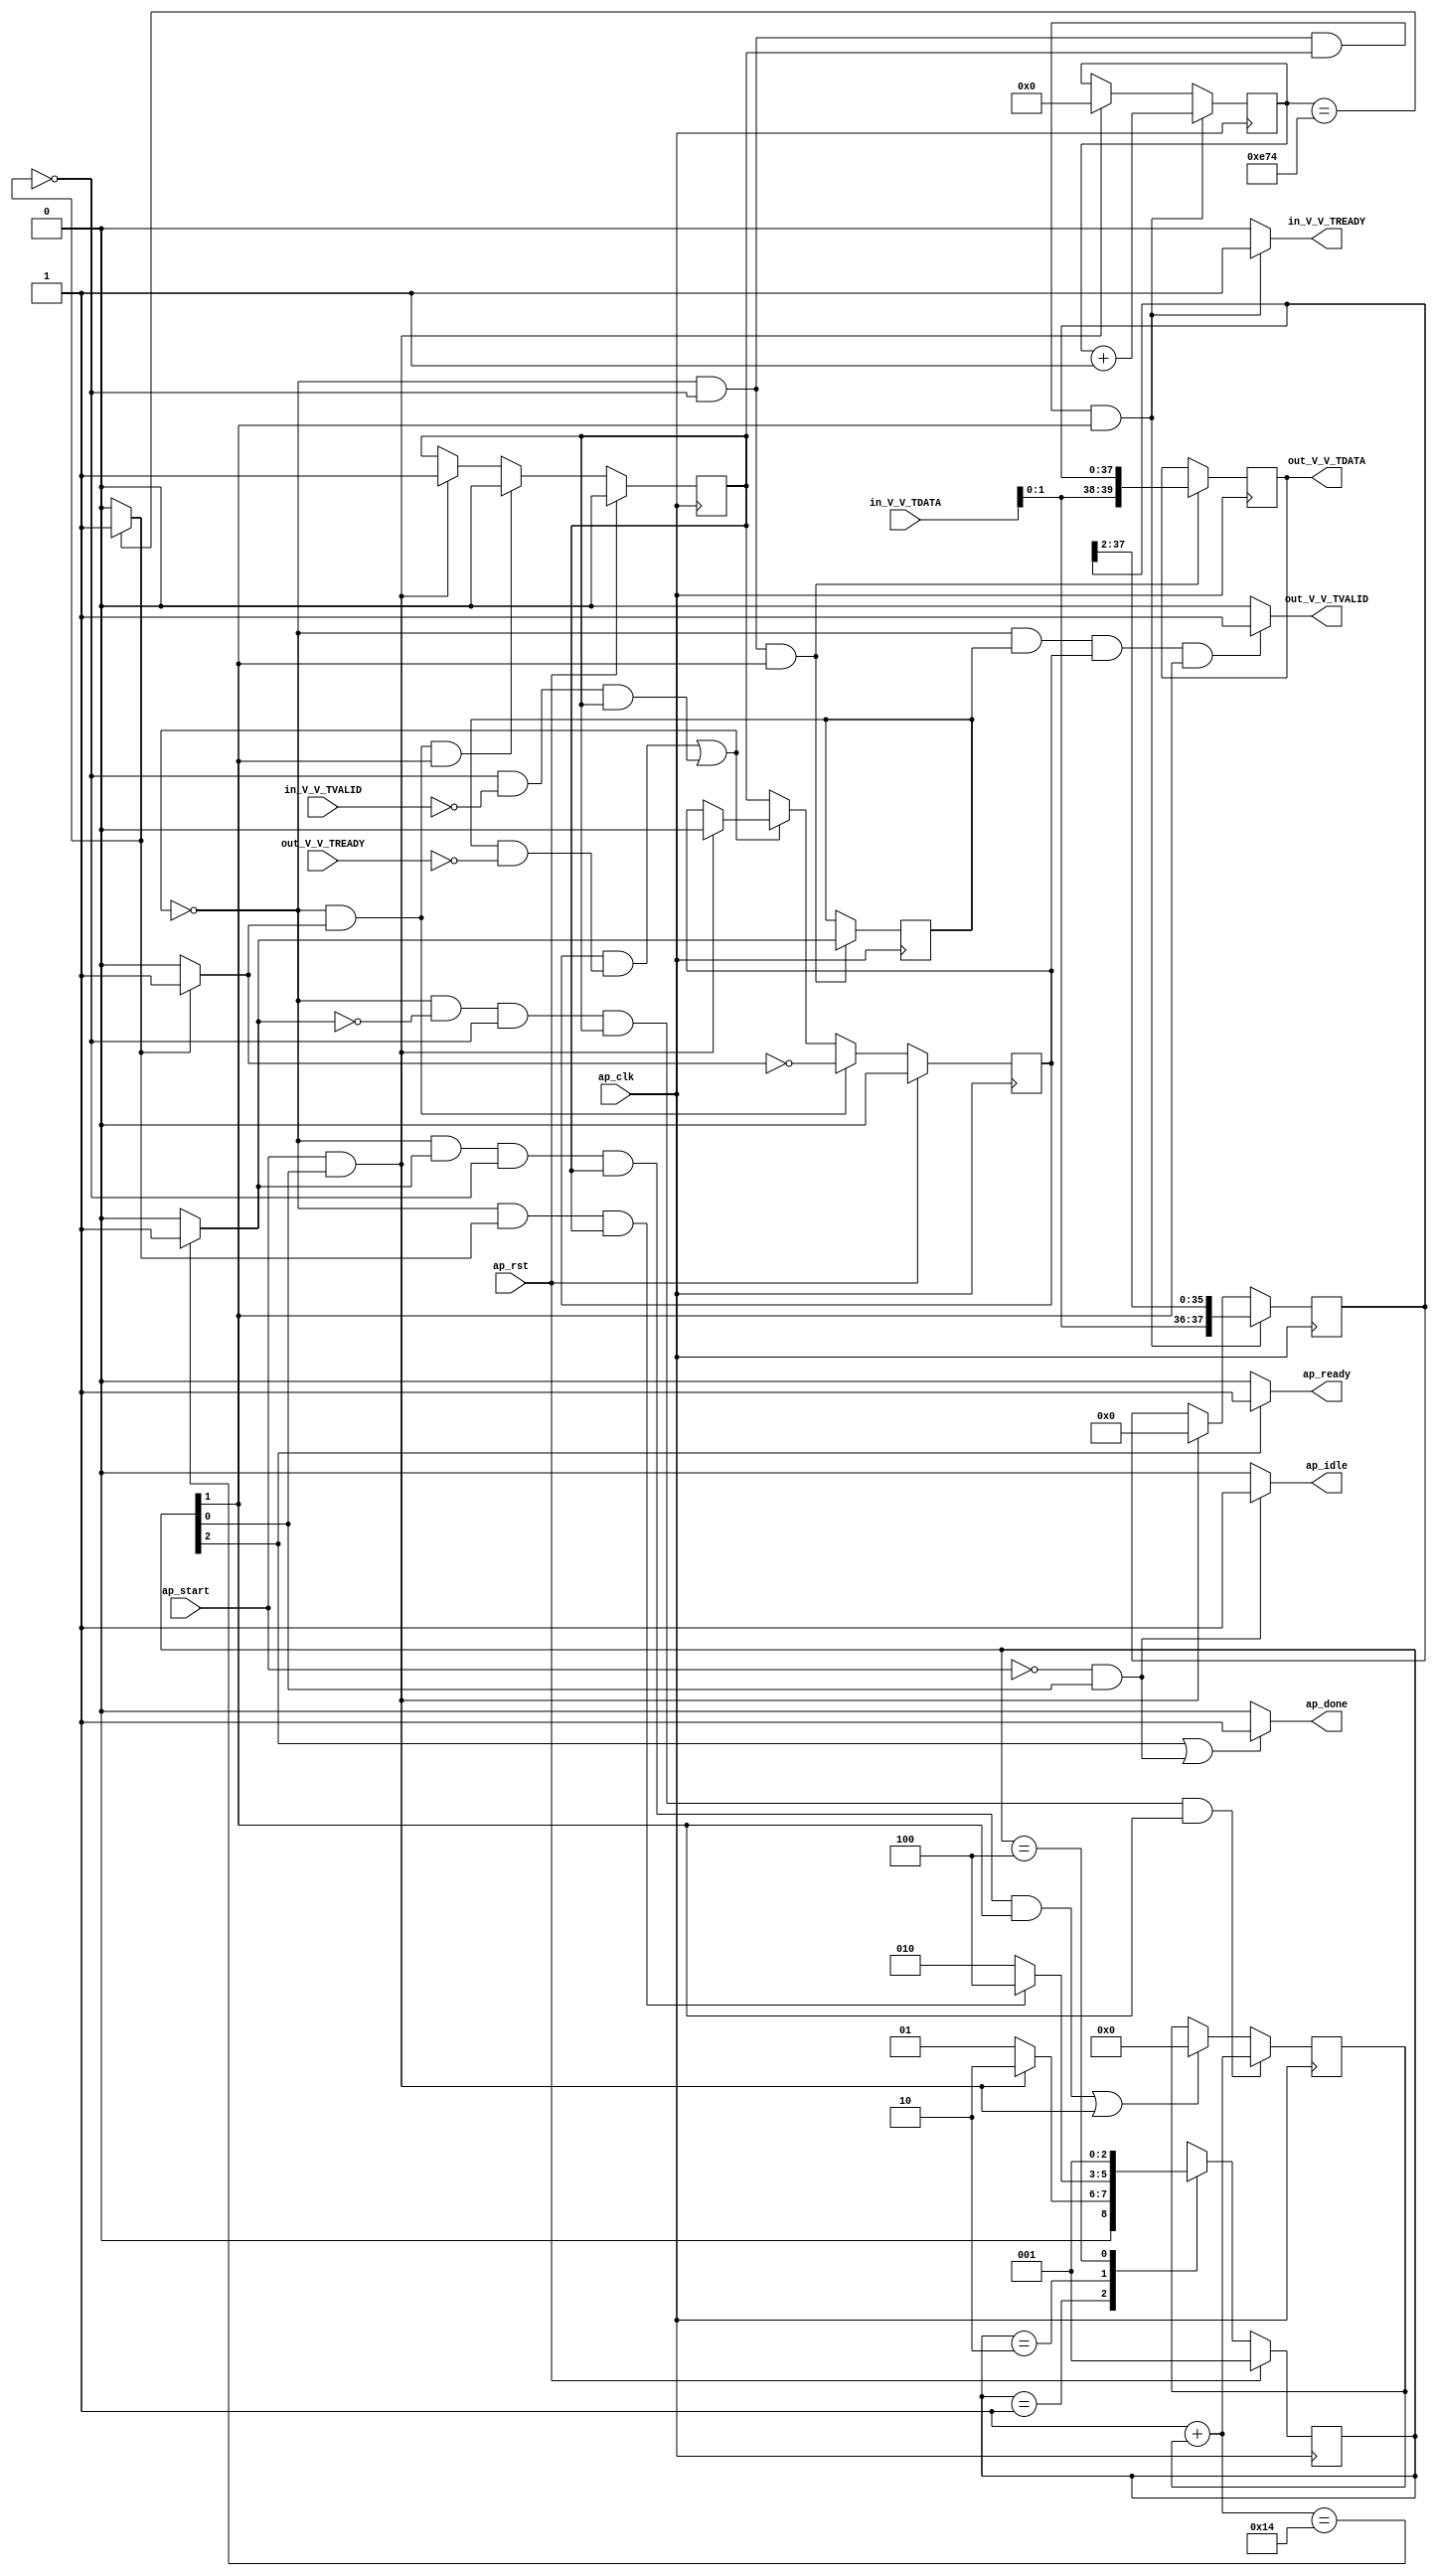
// ==============================================================
// RTL generated by Vivado(TM) HLS - High-Level Synthesis from C, C++ and OpenCL
// Version: 2020.1
// Copyright (C) 1986-2020 Xilinx, Inc. All Rights Reserved.
// 
// ===========================================================

`timescale 1 ns / 1 ps 

module StreamingDataWidthConverter_Batch_1_StreamingDataWidthCo_1 (
        ap_clk,
        ap_rst,
        ap_start,
        ap_done,
        ap_idle,
        ap_ready,
        in_V_V_TDATA,
        in_V_V_TVALID,
        in_V_V_TREADY,
        out_V_V_TDATA,
        out_V_V_TVALID,
        out_V_V_TREADY
);

parameter    ap_ST_fsm_state1 = 3'd1;
parameter    ap_ST_fsm_pp0_stage0 = 3'd2;
parameter    ap_ST_fsm_state4 = 3'd4;

input   ap_clk;
input   ap_rst;
input   ap_start;
output   ap_done;
output   ap_idle;
output   ap_ready;
input  [7:0] in_V_V_TDATA;
input   in_V_V_TVALID;
output   in_V_V_TREADY;
output  [39:0] out_V_V_TDATA;
output   out_V_V_TVALID;
input   out_V_V_TREADY;

reg ap_done;
reg ap_idle;
reg ap_ready;
reg in_V_V_TREADY;
reg out_V_V_TVALID;

(* fsm_encoding = "none" *) reg   [2:0] ap_CS_fsm;
wire    ap_CS_fsm_state1;
reg    in_V_V_TDATA_blk_n;
wire    ap_CS_fsm_pp0_stage0;
reg    ap_enable_reg_pp0_iter0;
wire    ap_block_pp0_stage0;
wire   [0:0] icmp_ln508_fu_96_p2;
reg    out_V_V_TDATA_blk_n;
reg    ap_enable_reg_pp0_iter1;
reg   [0:0] icmp_ln517_reg_179;
reg   [37:0] r_V_reg_69;
reg   [11:0] t_0_reg_80;
reg    ap_block_state2_pp0_stage0_iter0;
wire    ap_block_state3_pp0_stage0_iter1;
reg    ap_block_state3_io;
reg    ap_block_pp0_stage0_11001;
wire   [11:0] t_fu_102_p2;
wire   [39:0] p_Result_s_fu_115_p3;
reg   [39:0] p_Result_s_reg_174;
wire   [0:0] icmp_ln517_fu_129_p2;
wire   [37:0] trunc_ln_fu_150_p3;
reg    ap_block_pp0_stage0_subdone;
reg    ap_condition_pp0_exit_iter0_state2;
reg   [31:0] i_1_fu_52;
wire   [31:0] i_fu_123_p2;
reg    ap_block_pp0_stage0_01001;
wire   [1:0] tmp_V_fu_111_p1;
wire   [35:0] tmp_1_fu_140_p4;
wire    ap_CS_fsm_state4;
reg   [2:0] ap_NS_fsm;
reg    ap_idle_pp0;
wire    ap_enable_pp0;

// power-on initialization
initial begin
#0 ap_CS_fsm = 3'd1;
#0 ap_enable_reg_pp0_iter0 = 1'b0;
#0 ap_enable_reg_pp0_iter1 = 1'b0;
end

always @ (posedge ap_clk) begin
    if (ap_rst == 1'b1) begin
        ap_CS_fsm <= ap_ST_fsm_state1;
    end else begin
        ap_CS_fsm <= ap_NS_fsm;
    end
end

always @ (posedge ap_clk) begin
    if (ap_rst == 1'b1) begin
        ap_enable_reg_pp0_iter0 <= 1'b0;
    end else begin
        if (((1'b0 == ap_block_pp0_stage0_subdone) & (1'b1 == ap_condition_pp0_exit_iter0_state2) & (1'b1 == ap_CS_fsm_pp0_stage0))) begin
            ap_enable_reg_pp0_iter0 <= 1'b0;
        end else if (((ap_start == 1'b1) & (1'b1 == ap_CS_fsm_state1))) begin
            ap_enable_reg_pp0_iter0 <= 1'b1;
        end
    end
end

always @ (posedge ap_clk) begin
    if (ap_rst == 1'b1) begin
        ap_enable_reg_pp0_iter1 <= 1'b0;
    end else begin
        if (((1'b0 == ap_block_pp0_stage0_subdone) & (1'b1 == ap_condition_pp0_exit_iter0_state2))) begin
            ap_enable_reg_pp0_iter1 <= (1'b1 ^ ap_condition_pp0_exit_iter0_state2);
        end else if ((1'b0 == ap_block_pp0_stage0_subdone)) begin
            ap_enable_reg_pp0_iter1 <= ap_enable_reg_pp0_iter0;
        end else if (((ap_start == 1'b1) & (1'b1 == ap_CS_fsm_state1))) begin
            ap_enable_reg_pp0_iter1 <= 1'b0;
        end
    end
end

always @ (posedge ap_clk) begin
    if (((1'b0 == ap_block_pp0_stage0_11001) & (icmp_ln517_fu_129_p2 == 1'd0) & (icmp_ln508_fu_96_p2 == 1'd0) & (ap_enable_reg_pp0_iter0 == 1'b1) & (1'b1 == ap_CS_fsm_pp0_stage0))) begin
        i_1_fu_52 <= i_fu_123_p2;
    end else if ((((1'b0 == ap_block_pp0_stage0_11001) & (icmp_ln517_fu_129_p2 == 1'd1) & (icmp_ln508_fu_96_p2 == 1'd0) & (ap_enable_reg_pp0_iter0 == 1'b1) & (1'b1 == ap_CS_fsm_pp0_stage0)) | ((ap_start == 1'b1) & (1'b1 == ap_CS_fsm_state1)))) begin
        i_1_fu_52 <= 32'd0;
    end
end

always @ (posedge ap_clk) begin
    if (((1'b0 == ap_block_pp0_stage0_11001) & (icmp_ln508_fu_96_p2 == 1'd0) & (ap_enable_reg_pp0_iter0 == 1'b1) & (1'b1 == ap_CS_fsm_pp0_stage0))) begin
        r_V_reg_69 <= trunc_ln_fu_150_p3;
    end else if (((ap_start == 1'b1) & (1'b1 == ap_CS_fsm_state1))) begin
        r_V_reg_69 <= 38'd0;
    end
end

always @ (posedge ap_clk) begin
    if (((1'b0 == ap_block_pp0_stage0_11001) & (icmp_ln508_fu_96_p2 == 1'd0) & (ap_enable_reg_pp0_iter0 == 1'b1) & (1'b1 == ap_CS_fsm_pp0_stage0))) begin
        t_0_reg_80 <= t_fu_102_p2;
    end else if (((ap_start == 1'b1) & (1'b1 == ap_CS_fsm_state1))) begin
        t_0_reg_80 <= 12'd0;
    end
end

always @ (posedge ap_clk) begin
    if (((1'b0 == ap_block_pp0_stage0_11001) & (icmp_ln508_fu_96_p2 == 1'd0) & (1'b1 == ap_CS_fsm_pp0_stage0))) begin
        icmp_ln517_reg_179 <= icmp_ln517_fu_129_p2;
        p_Result_s_reg_174 <= p_Result_s_fu_115_p3;
    end
end

always @ (*) begin
    if ((icmp_ln508_fu_96_p2 == 1'd1)) begin
        ap_condition_pp0_exit_iter0_state2 = 1'b1;
    end else begin
        ap_condition_pp0_exit_iter0_state2 = 1'b0;
    end
end

always @ (*) begin
    if (((1'b1 == ap_CS_fsm_state4) | ((ap_start == 1'b0) & (1'b1 == ap_CS_fsm_state1)))) begin
        ap_done = 1'b1;
    end else begin
        ap_done = 1'b0;
    end
end

always @ (*) begin
    if (((ap_start == 1'b0) & (1'b1 == ap_CS_fsm_state1))) begin
        ap_idle = 1'b1;
    end else begin
        ap_idle = 1'b0;
    end
end

always @ (*) begin
    if (((ap_enable_reg_pp0_iter1 == 1'b0) & (ap_enable_reg_pp0_iter0 == 1'b0))) begin
        ap_idle_pp0 = 1'b1;
    end else begin
        ap_idle_pp0 = 1'b0;
    end
end

always @ (*) begin
    if ((1'b1 == ap_CS_fsm_state4)) begin
        ap_ready = 1'b1;
    end else begin
        ap_ready = 1'b0;
    end
end

always @ (*) begin
    if (((icmp_ln508_fu_96_p2 == 1'd0) & (1'b0 == ap_block_pp0_stage0) & (ap_enable_reg_pp0_iter0 == 1'b1) & (1'b1 == ap_CS_fsm_pp0_stage0))) begin
        in_V_V_TDATA_blk_n = in_V_V_TVALID;
    end else begin
        in_V_V_TDATA_blk_n = 1'b1;
    end
end

always @ (*) begin
    if (((1'b0 == ap_block_pp0_stage0_11001) & (icmp_ln508_fu_96_p2 == 1'd0) & (ap_enable_reg_pp0_iter0 == 1'b1) & (1'b1 == ap_CS_fsm_pp0_stage0))) begin
        in_V_V_TREADY = 1'b1;
    end else begin
        in_V_V_TREADY = 1'b0;
    end
end

always @ (*) begin
    if (((icmp_ln517_reg_179 == 1'd1) & (1'b0 == ap_block_pp0_stage0) & (ap_enable_reg_pp0_iter1 == 1'b1) & (1'b1 == ap_CS_fsm_pp0_stage0))) begin
        out_V_V_TDATA_blk_n = out_V_V_TREADY;
    end else begin
        out_V_V_TDATA_blk_n = 1'b1;
    end
end

always @ (*) begin
    if (((1'b0 == ap_block_pp0_stage0_11001) & (icmp_ln517_reg_179 == 1'd1) & (ap_enable_reg_pp0_iter1 == 1'b1) & (1'b1 == ap_CS_fsm_pp0_stage0))) begin
        out_V_V_TVALID = 1'b1;
    end else begin
        out_V_V_TVALID = 1'b0;
    end
end

always @ (*) begin
    case (ap_CS_fsm)
        ap_ST_fsm_state1 : begin
            if (((ap_start == 1'b1) & (1'b1 == ap_CS_fsm_state1))) begin
                ap_NS_fsm = ap_ST_fsm_pp0_stage0;
            end else begin
                ap_NS_fsm = ap_ST_fsm_state1;
            end
        end
        ap_ST_fsm_pp0_stage0 : begin
            if (~((1'b0 == ap_block_pp0_stage0_subdone) & (icmp_ln508_fu_96_p2 == 1'd1) & (ap_enable_reg_pp0_iter0 == 1'b1))) begin
                ap_NS_fsm = ap_ST_fsm_pp0_stage0;
            end else if (((1'b0 == ap_block_pp0_stage0_subdone) & (icmp_ln508_fu_96_p2 == 1'd1) & (ap_enable_reg_pp0_iter0 == 1'b1))) begin
                ap_NS_fsm = ap_ST_fsm_state4;
            end else begin
                ap_NS_fsm = ap_ST_fsm_pp0_stage0;
            end
        end
        ap_ST_fsm_state4 : begin
            ap_NS_fsm = ap_ST_fsm_state1;
        end
        default : begin
            ap_NS_fsm = 'bx;
        end
    endcase
end

assign ap_CS_fsm_pp0_stage0 = ap_CS_fsm[32'd1];

assign ap_CS_fsm_state1 = ap_CS_fsm[32'd0];

assign ap_CS_fsm_state4 = ap_CS_fsm[32'd2];

assign ap_block_pp0_stage0 = ~(1'b1 == 1'b1);

always @ (*) begin
    ap_block_pp0_stage0_01001 = ((icmp_ln508_fu_96_p2 == 1'd0) & (in_V_V_TVALID == 1'b0) & (ap_enable_reg_pp0_iter0 == 1'b1));
end

always @ (*) begin
    ap_block_pp0_stage0_11001 = (((ap_enable_reg_pp0_iter1 == 1'b1) & (1'b1 == ap_block_state3_io)) | ((icmp_ln508_fu_96_p2 == 1'd0) & (in_V_V_TVALID == 1'b0) & (ap_enable_reg_pp0_iter0 == 1'b1)));
end

always @ (*) begin
    ap_block_pp0_stage0_subdone = (((ap_enable_reg_pp0_iter1 == 1'b1) & (1'b1 == ap_block_state3_io)) | ((icmp_ln508_fu_96_p2 == 1'd0) & (in_V_V_TVALID == 1'b0) & (ap_enable_reg_pp0_iter0 == 1'b1)));
end

always @ (*) begin
    ap_block_state2_pp0_stage0_iter0 = ((icmp_ln508_fu_96_p2 == 1'd0) & (in_V_V_TVALID == 1'b0));
end

always @ (*) begin
    ap_block_state3_io = ((icmp_ln517_reg_179 == 1'd1) & (out_V_V_TREADY == 1'b0));
end

assign ap_block_state3_pp0_stage0_iter1 = ~(1'b1 == 1'b1);

assign ap_enable_pp0 = (ap_idle_pp0 ^ 1'b1);

assign i_fu_123_p2 = (32'd1 + i_1_fu_52);

assign icmp_ln508_fu_96_p2 = ((t_0_reg_80 == 12'd3700) ? 1'b1 : 1'b0);

assign icmp_ln517_fu_129_p2 = ((i_fu_123_p2 == 32'd20) ? 1'b1 : 1'b0);

assign out_V_V_TDATA = p_Result_s_reg_174;

assign p_Result_s_fu_115_p3 = {{tmp_V_fu_111_p1}, {r_V_reg_69}};

assign t_fu_102_p2 = (t_0_reg_80 + 12'd1);

assign tmp_1_fu_140_p4 = {{r_V_reg_69[37:2]}};

assign tmp_V_fu_111_p1 = in_V_V_TDATA[1:0];

assign trunc_ln_fu_150_p3 = {{tmp_V_fu_111_p1}, {tmp_1_fu_140_p4}};

endmodule //StreamingDataWidthConverter_Batch_1_StreamingDataWidthCo_1